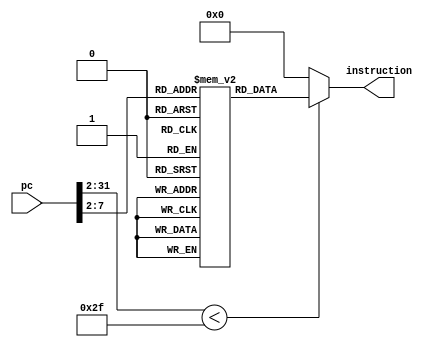
module instructionMemory(input [31:0]pc , output [31:0] instruction);    
      reg [31:0] instr [0:47];  
      initial begin  
        instr[0] = 32'b11100011101000000000000000010100; //MOV R0 ,#20 //R0 = 20
        instr[1] = 32'b11100011101000000001101000000001; //MOV R1 ,#4096 //R1 = 4096
        instr[2] = 32'b11100011101000000010000100000011; //MOV R2 ,#0xC0000000 //R2 = -1073741824
        instr[3] = 32'b11100000100100100011000000000010; //ADDS R3 ,R2,R2 //R3 = -2147483648
        instr[4] = 32'b11100000101000000100000000000000; //ADC R4 ,R0,R0 //R4 = 41
        instr[5] = 32'b11100000010001000101000100000100; //SUB R5 ,R4,R4,LSL #2 //R5 = -123
        instr[6] = 32'b11100000110000000110000010100000; //SBC R6 ,R0,R0,LSR #1 //R6 = 10
        instr[7] = 32'b11100001100001010111000101000010; //ORR R7 ,R5,R2,ASR #2 //R7 = -123
        instr[8] = 32'b11100000000001111000000000000011; //AND R8 ,R7,R3 //R8 = -2147483648
        instr[9] = 32'b11100001111000001001000000000110; //MVN R9 ,R6 //R9 = -11
        instr[10] = 32'b11100000001001001010000000000101; //EOR R10,R4,R5 //R10 = -84
        instr[11] = 32'b11100001010110000000000000000110; //CMP R8 ,R6
        instr[12] = 32'b00010000100000010001000000000001; //ADDNE R1 ,R1,R1 //R1 = 8192
        instr[13] = 32'b11100001000110010000000000001000; //TST R9 ,R8
        instr[14] = 32'b00000000100000100010000000000010; //ADDEQ R2 ,R2,R2 //R2 = -1073741824
        instr[15] = 32'b11100011101000000000101100000001; //MOV R0 ,#1024 //R0 = 1024
        instr[16] = 32'b11100100100000000001000000000000; //STR R1 ,[R0],#0 //MEM[1024] = 8192
        instr[17] = 32'b11100100100100001011000000000000; //LDR R11,[R0],#0 //R11 = 8192
        instr[18] = 32'b11100100100000000010000000000100; //STR R2 ,[R0],#4 //MEM[1028] = -1073741824
        instr[19] = 32'b11100100100000000011000000001000; //STR R3 ,[R0],#8 //MEM[1032] = -2147483648
        instr[20] = 32'b11100100100000000100000000001101; //STR R4 ,[R0],#13 //MEM[1036] = 41
        instr[21] = 32'b11100100100000000101000000010000; //STR R5 ,[R0],#16 //MEM[1040] = -123
        instr[22] = 32'b11100100100000000110000000010100; //STR R6 ,[R0],#20 //MEM[1044] = 10
        instr[23] = 32'b11100100100100001010000000000100; //LDR R10,[R0],#4 //R10 = -1073741824
        instr[24] = 32'b11100100100000000111000000011000; //STR R7 ,[R0],#24 //MEM[1048] = -123
        instr[25] = 32'b11100011101000000001000000000100; //MOV R1 ,#4 //R1 = 4
        instr[26] = 32'b11100011101000000010000000000000; //MOV R2 ,#0 //R2 = 0
        instr[27] = 32'b11100011101000000011000000000000; //MOV R3 ,#0 //R3 = 0
        instr[28] = 32'b11100000100000000100000100000011; //ADD R4 ,R0,R3,LSL #2
        instr[29] = 32'b11100100100101000101000000000000; //LDR R5 ,[R4],#0
        instr[30] = 32'b11100100100101000110000000000100; //LDR R6 ,[R4],#4
        instr[31] = 32'b11100001010101010000000000000110; //CMP R5 ,R6
        instr[32] = 32'b11000100100001000110000000000000; //STRGT R6 ,[R4],#0
        instr[33] = 32'b11000100100001000101000000000100; //STRGT R5 ,[R4],#4
        instr[34] = 32'b11100010100000110011000000000001; //ADD R3 ,R3,#1
        instr[35] = 32'b11100011010100110000000000000011; //CMP R3 ,#3
        instr[36] = 32'b10111010111111111111111111110111 ; //BLT #-9
        instr[37] = 32'b11100010100000100010000000000001; //ADD R2 ,R2,#1
        instr[38] = 32'b11100001010100100000000000000001; //CMP R2 ,R1
        instr[39] = 32'b10111010111111111111111111110011 ; //BLT #-13
        instr[40] = 32'b11100100100100000001000000000000; //LDR R1 ,[R0],#0 //R1 = -2147483648
        instr[41] = 32'b11100100100100000010000000000100; //LDR R2 ,[R0],#4 //R2 = -1073741824
        instr[42] = 32'b11100100100100000011000000001000; //STR R3 ,[R0],#8 //R3 = 41
        instr[43] = 32'b11100100100100000100000000001100; //STR R4 ,[R0],#12 //R4 = 8192
        instr[44] = 32'b11100100100100000101000000010000; //STR R5 ,[R0],#16 //R5 = -123
        instr[45] = 32'b11100100100100000110000000010100; //STR R6 ,[R0],#20 //R4 = 10
        instr[46] = 32'b11101010111111111111111111111111;       end 
      assign instruction = (pc[31:2] < 47) ? instr[pc[31:2]] :  32'b0;
 endmodule